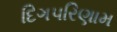
દિગપરિણામ